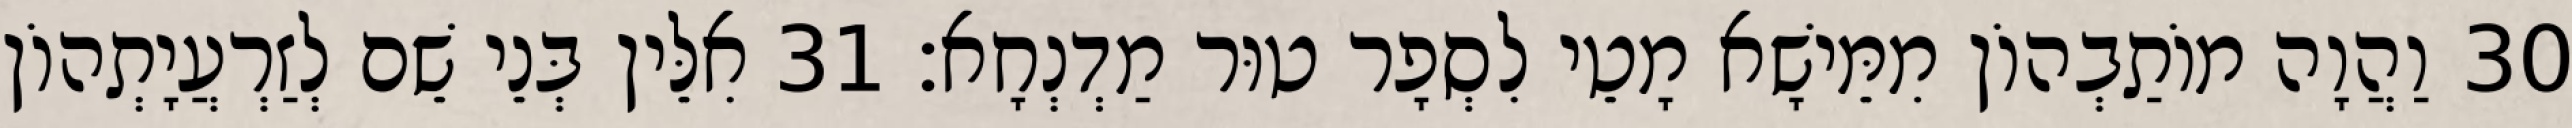
30 וַהֲוָה מוֹתַבְהוֹן מִמֵּישָׁא מָטֵי לִסְפָר טוּר מַדְנְחָא׃ 31 אִלֵּין בְּנֵי שֵׁם לְזַרְעֲיָתְהוֹן